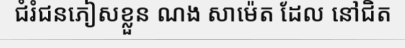
ជំរំជនភៀសខ្លួន ណង សាម៉េត ដែល នៅជិត